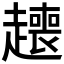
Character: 𬦟